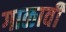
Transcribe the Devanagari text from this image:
गाळावी